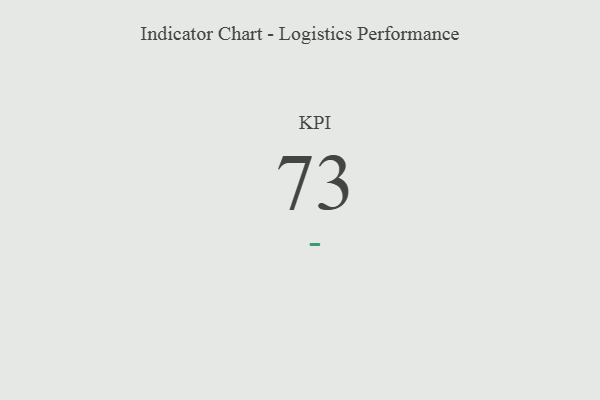
{"axis": {"x": "KPI", "y": "Value"}, "legend": [""], "data": [{"x": "KPI", "y": 73, "type": ""}]}